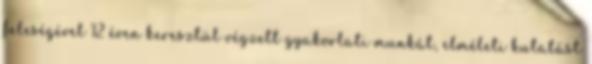
feleségével 12 éven keresztül végzett gyakorlati munkát, elméleti kutatást